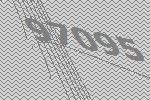
97095